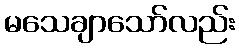
မသေချာသော်လည်း